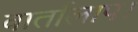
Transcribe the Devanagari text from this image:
वार्तालाप।